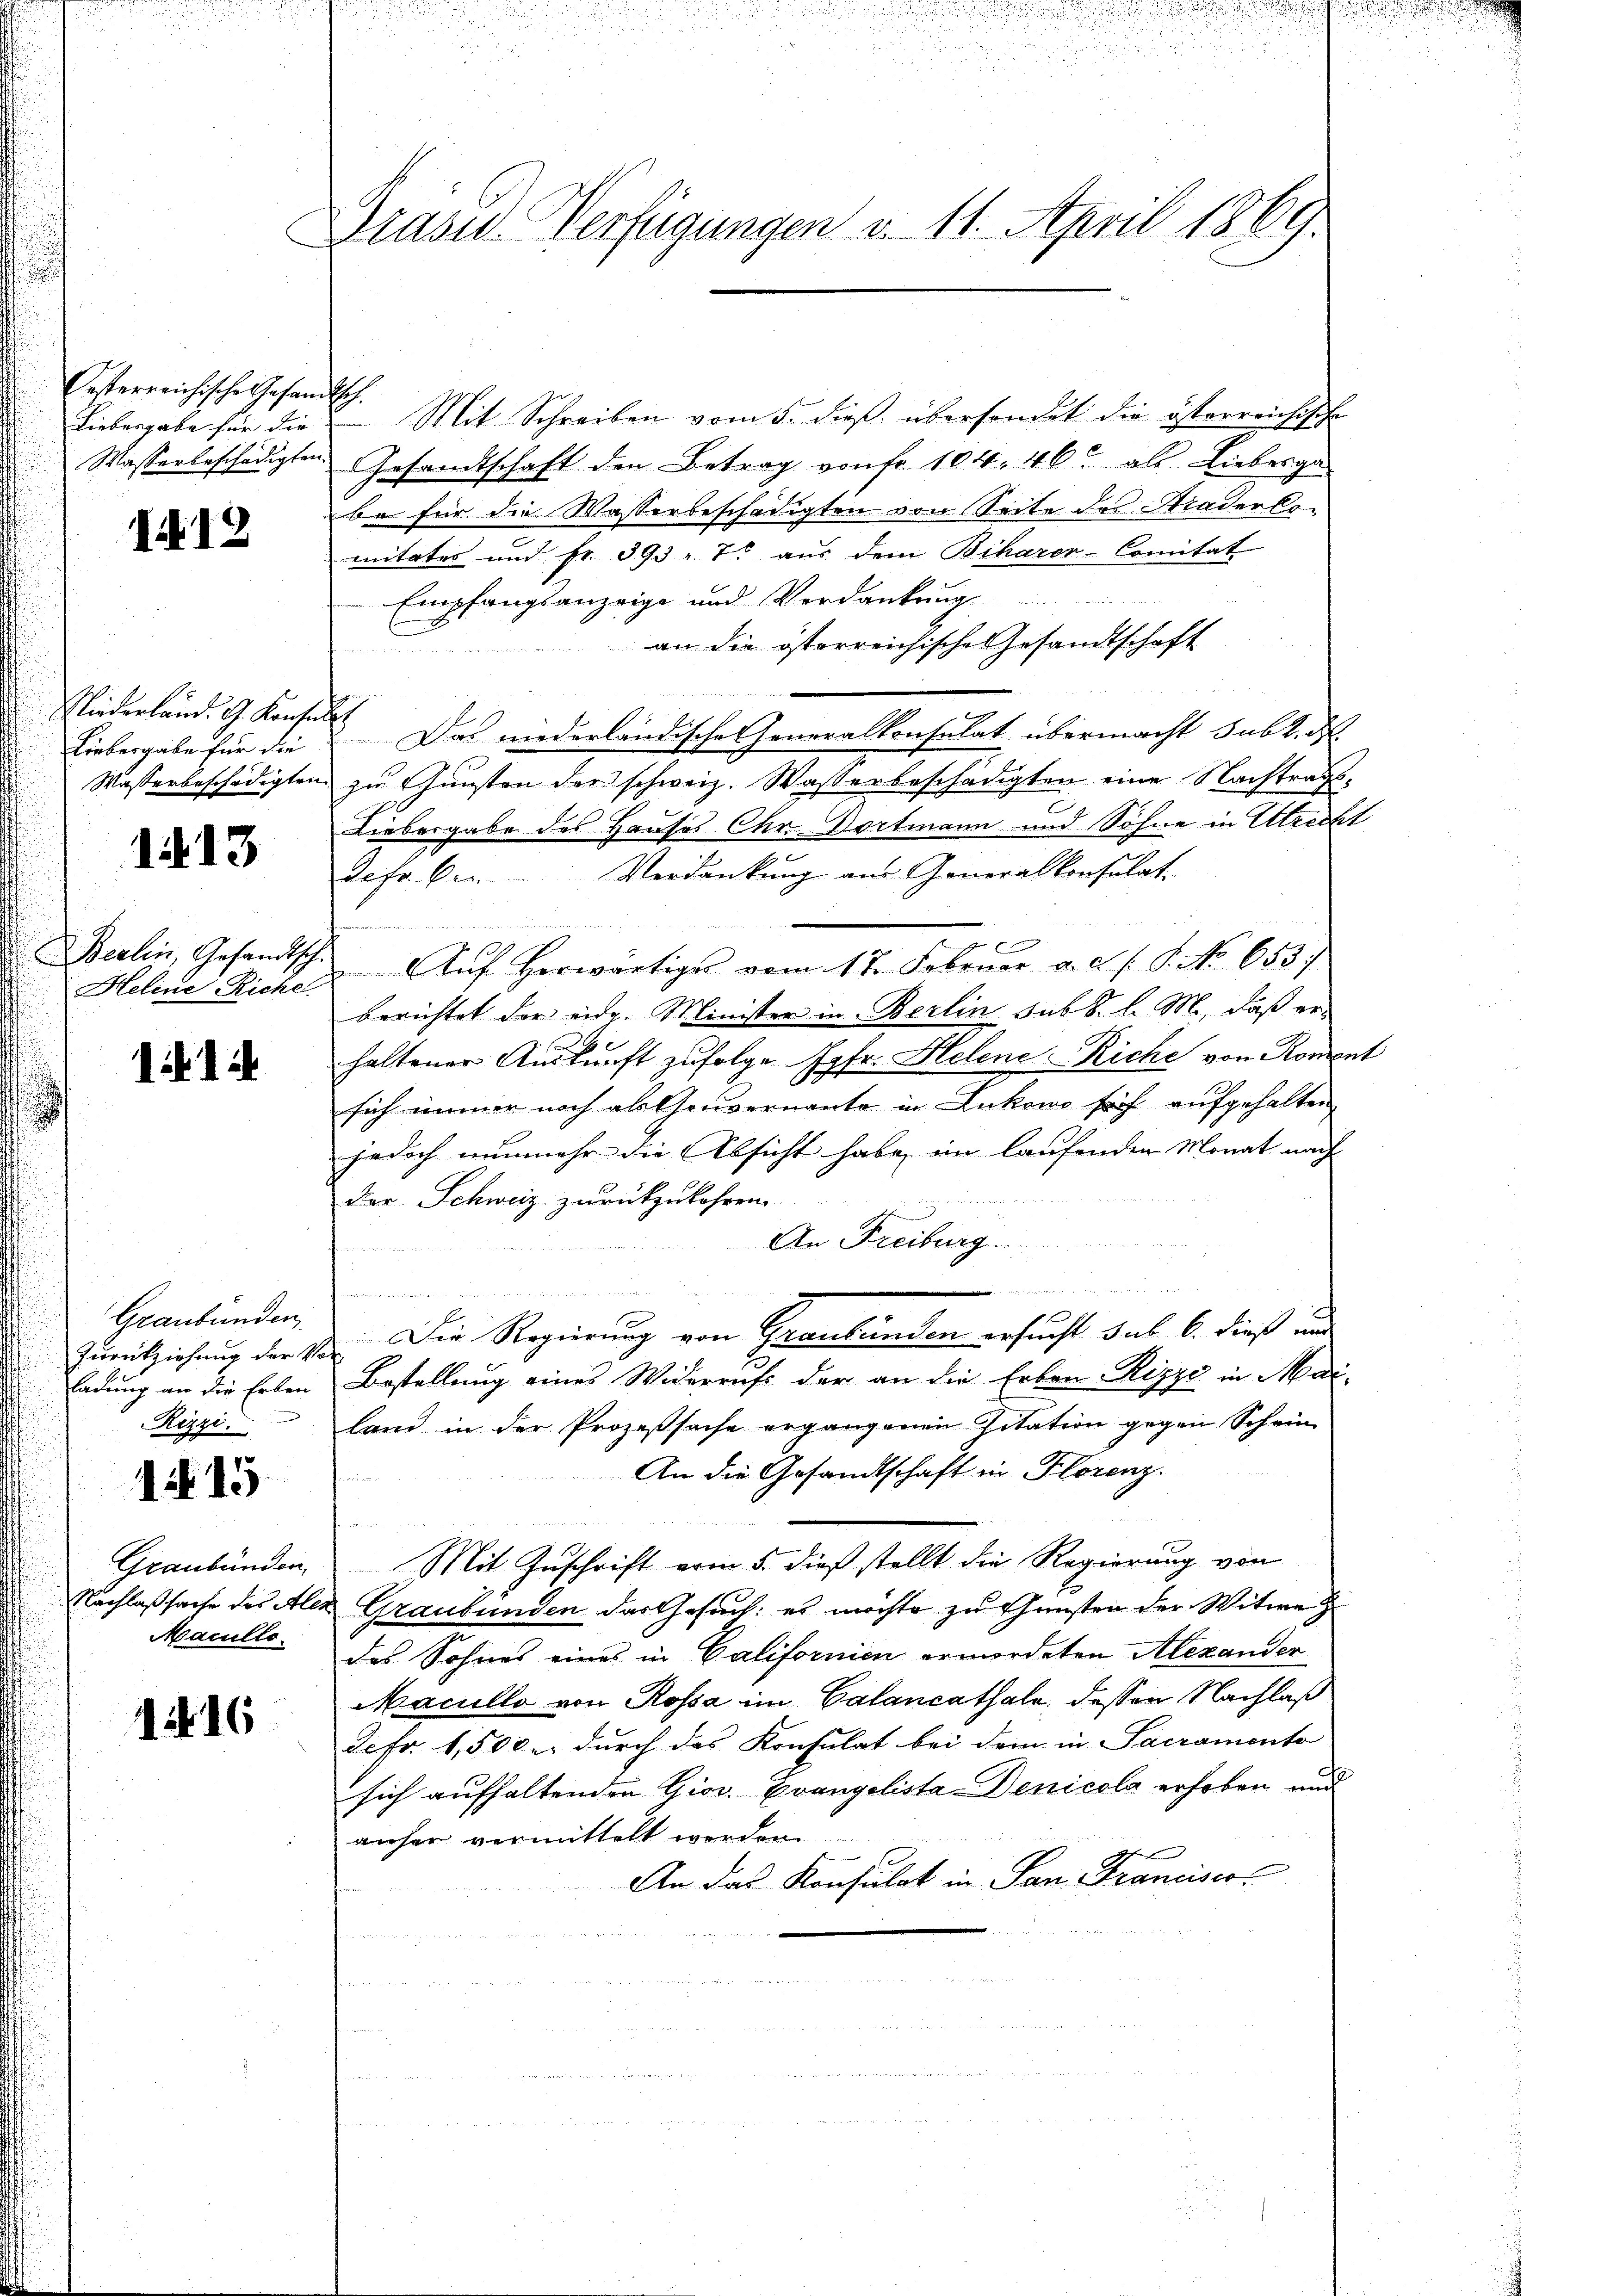
festerreichische Gesandt
Liebergabe für die
Wasserbeschädigten.

112

Niederland. G. Konsul
Liebergabe für die
Wasserbeschädigten

113

Berlin, Gesandtsch.
Heline Riche

11

Graubünden
Zurückziehung der V.
ladung an die Erben
Rizzi.

1 Nr. 15

Graubünden
Nachlaßsache des Alex
Macullo

116

Drasen Verfügungen v. 11. April 1869.

.
 Mit Schreiben vom 5. dieß übersendet die österreichische
Gesandtschaft den Betrag von fr. 104, 46 als Liebesga
be für die Wasserbeschädigten von Seite des Straderlomitates und Fr. 393 - 7. aus dem Biharer-Comitat
Empfangsanzeige und Verdankung
an die österreichische Gesandtschaft
 Das niederländische Generalkonsulat übermacht subt. N.
zu Gunsten der schweiz. Wasserbeschädigten eine Nachtrags¬
Liebergabe des Hauses Chr. Dortmann und Söhne in Utrecht
Verdankung aus Generalkonsulat
etr. Ben
l
x
Aŭf herwärtiges vom 17. Februar a. c. s. P. No 653.)
berichtet der eidg. Minister in Berlin sub S. l. M., daß erhaltener Auskunft zufolge Jgfr. Helene Riche von Roment
x
sich immer noch ab Gouvernante in Lukewo sich aufgehalten,
jedoch nunmehr die Absicht habe, im laufenden Monat nach
Der Schweiz zurückzukehren.
An Freiburg.
Wiederhanden S

Die Regierung von Graubünden ersucht sub 6. dieß und
Bestellung eines Widerrufs der an die Erben Rippe in Mailand in der Prozeßsache ergangenen Zitation gegen Schein
An die Gesandtschaft in Florenz.
i

Mit Zuschrift vom 5. dieß stellt die Regierung von
Graubünden das Gesuch: es möchte zu Gunsten der Witwe
das Sohnes eines in Californien ermordeten Alexander
Macullo von Rossa im Calancathale, dessen Nachlaß
Fefr. 1,500 u. durch das Konsulat bei dem in Sacramento
sich aufhaltenden Gior. Evangelista-Denicola erhoben und
anher vermittelt werden.
An das Konsulat in San Franciscr